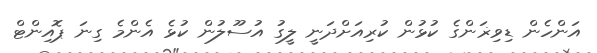
އަންހެން ޑިވިޜަންގެ ކުޅުން ކުރިއަށްދަނީ ލީގު އުސޫލުން ކުޅެ އެންމެ ގިނަ ޕޮއިންޓް